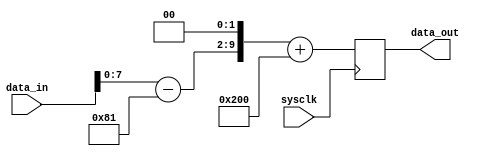
module processor (sysclk, data_in, data_out);

	input				sysclk;		// system clock
	input [9:0]		data_in;		// 10-bit input data
	output [9:0] 	data_out;	// 10-bit output data

	wire				sysclk;
	wire [9:0]		data_in;
	reg [9:0] 		data_out;
	wire [9:0]		x,y;

	parameter 		ADC_OFFSET = 10'h181;
	parameter 		DAC_OFFSET = 10'h200;

	// decode input
	assign x = data_in[9:0] - ADC_OFFSET;

	// multiply by 4
	assign y = x << 2;

	// encode output
	always @(posedge sysclk)
		data_out <=  y + DAC_OFFSET;

endmodule